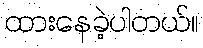
ထားနေခဲ့ပါတယ်။